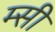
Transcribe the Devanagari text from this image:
म्सी